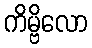
ကိမ္ဗိလော